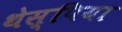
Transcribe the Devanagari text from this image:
थेस्पिया